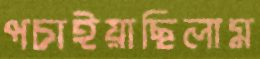
পচাইয়াছিলাম